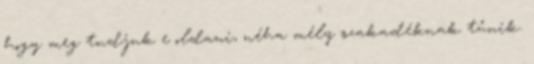
hogy meg tudjuk e oldani, néha mély szakadéknak tűnik.